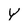
Character: Y